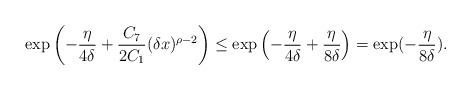
LaTeX: \begin{align*}&\exp\left( -\frac{\eta}{4\delta} + \frac{C_7}{2C_1} (\delta x)^{\rho-2}\right) \le \exp \left(-\frac{\eta}{4\delta}+\frac{\eta}{8\delta}\right) = \exp(-\frac{\eta}{8\delta}).\end{align*}